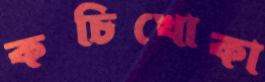
কচিখোকা